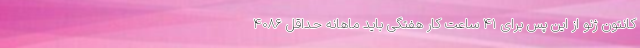
کانتون ژنو از این پس برای ۴۱ ساعت کار هفتگی باید ماهانه حداقل ۴۰۸۶